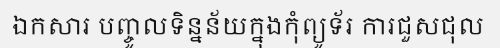
ឯកសារ បញ្ចូលទិន្នន័យក្នុងកុំព្យូទ័រ ការជួសជុល